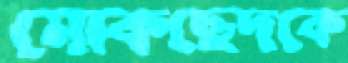
মোকছেদকে